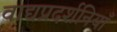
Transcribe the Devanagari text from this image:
वाद्यप्रदर्शनियाँ